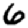
Digit: 6